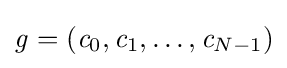
{\mathit {g}}=({\mathit {c}}_{0},{\mathit {c}}_{1},\ldots ,{\mathit {c}}_{N-1})